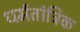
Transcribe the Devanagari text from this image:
धर्मतांत्रिक